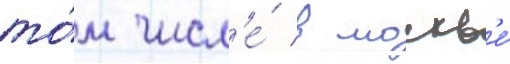
то́м числ'е́ в москв'е́